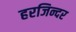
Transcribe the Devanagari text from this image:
हरजिन्दर